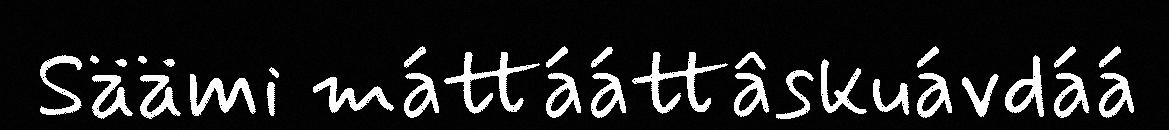
Säämi máttááttâskuávdáá